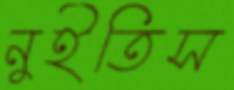
নুইতিস